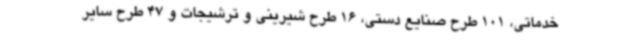
خدماتی، 101 طرح صنایع دستی، 16 طرح شیرینی و ترشیجات و 47 طرح سایر